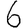
Digit: 6